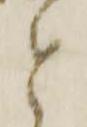
と